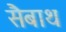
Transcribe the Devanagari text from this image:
सैबाथ